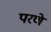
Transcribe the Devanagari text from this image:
परणे